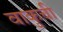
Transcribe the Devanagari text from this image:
वाकुची